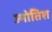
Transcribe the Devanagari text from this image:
ज्योतिश